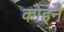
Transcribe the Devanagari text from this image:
कोइनै